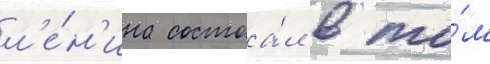
л'е́н'ина состоа́л в то́м